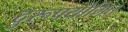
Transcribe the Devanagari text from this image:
दुरूपयोगित